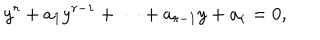
y ^ { r } + a _ { 1 } y ^ { r - 1 } + \cdots + a _ { r - 1 } y + a _ { r } = 0 ,